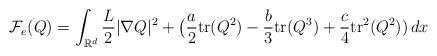
LaTeX: \begin{align*}\mathcal{F}_e(Q)=\int_{\mathbb{R}^d} \frac{L}{2}|\nabla Q|^2+\big(\frac{a}{2}\textrm{tr}(Q^2)-\frac{b}{3}\textrm{tr}(Q^3)+\frac{c}{4}\textrm{tr}^2(Q^2))\,dx\end{align*}